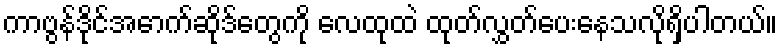
ကာဗွန်ဒိုင်အောက်ဆိုဒ်တွေကို လေထုထဲ ထုတ်လွှတ်ပေးနေသလိုရှိပါတယ်။